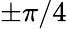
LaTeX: \pm\pi/4